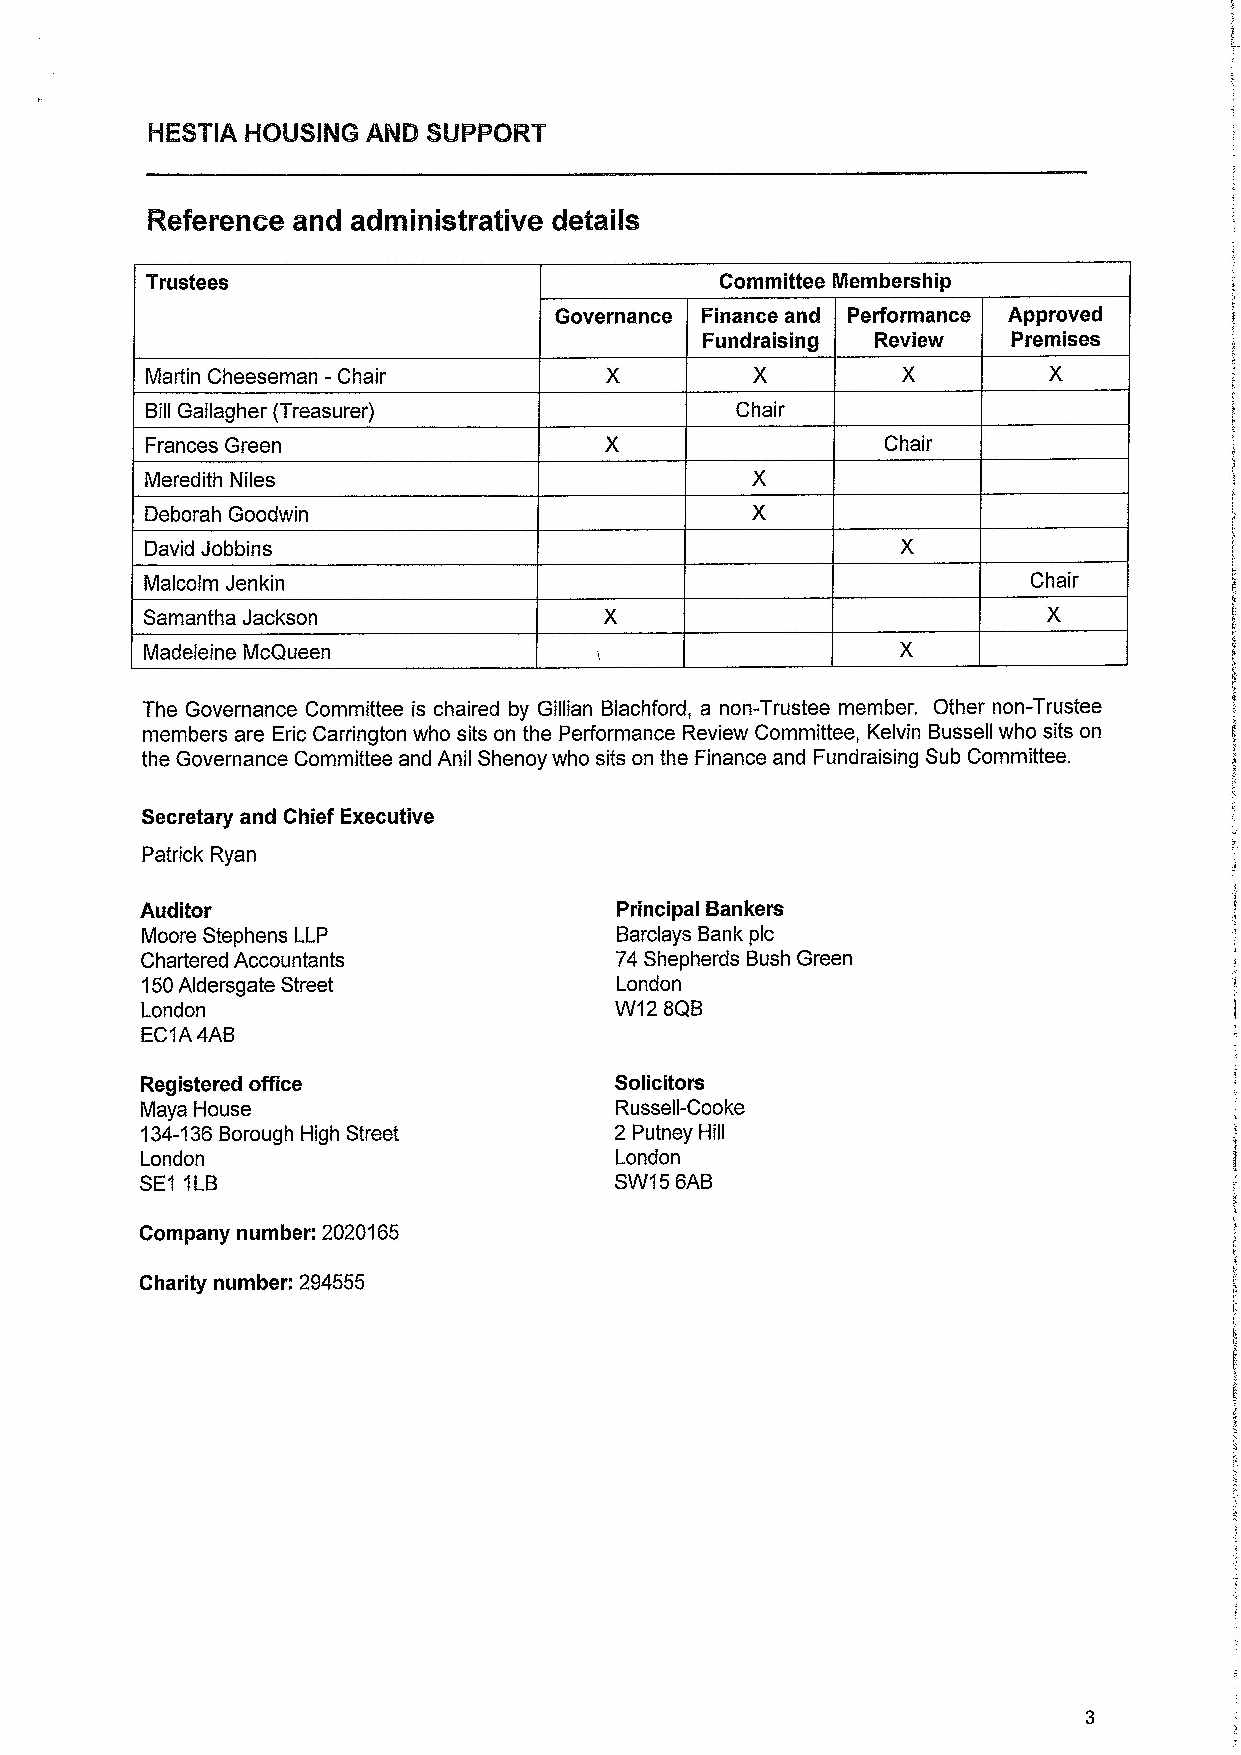
~  ~
 '
 ~    ~        ~ ~ ~ ~
 ~    ~
 -
 ~ ~~   ~~~
 ~  ~ e~~
 ~ ~    8   ~ ~  ~         ~- ~ -  ~
 ~ ~                                        ~   ~
 ~   ~                 0   ~ ~  ~
 .
 ~
 ~~   ~
 R     R8
 - '
 ~  ~                           ~ ~
 I ' ~- ~                       ~ ~~
 ~ ~~
 ~   ~                         ~  ~
 ~~
 )0
 ~  ~ ~
 ~ ~~                           ~ ~~
 ~J s
 ~ ~
 ~g